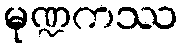
မုဏ္ဍကဿ